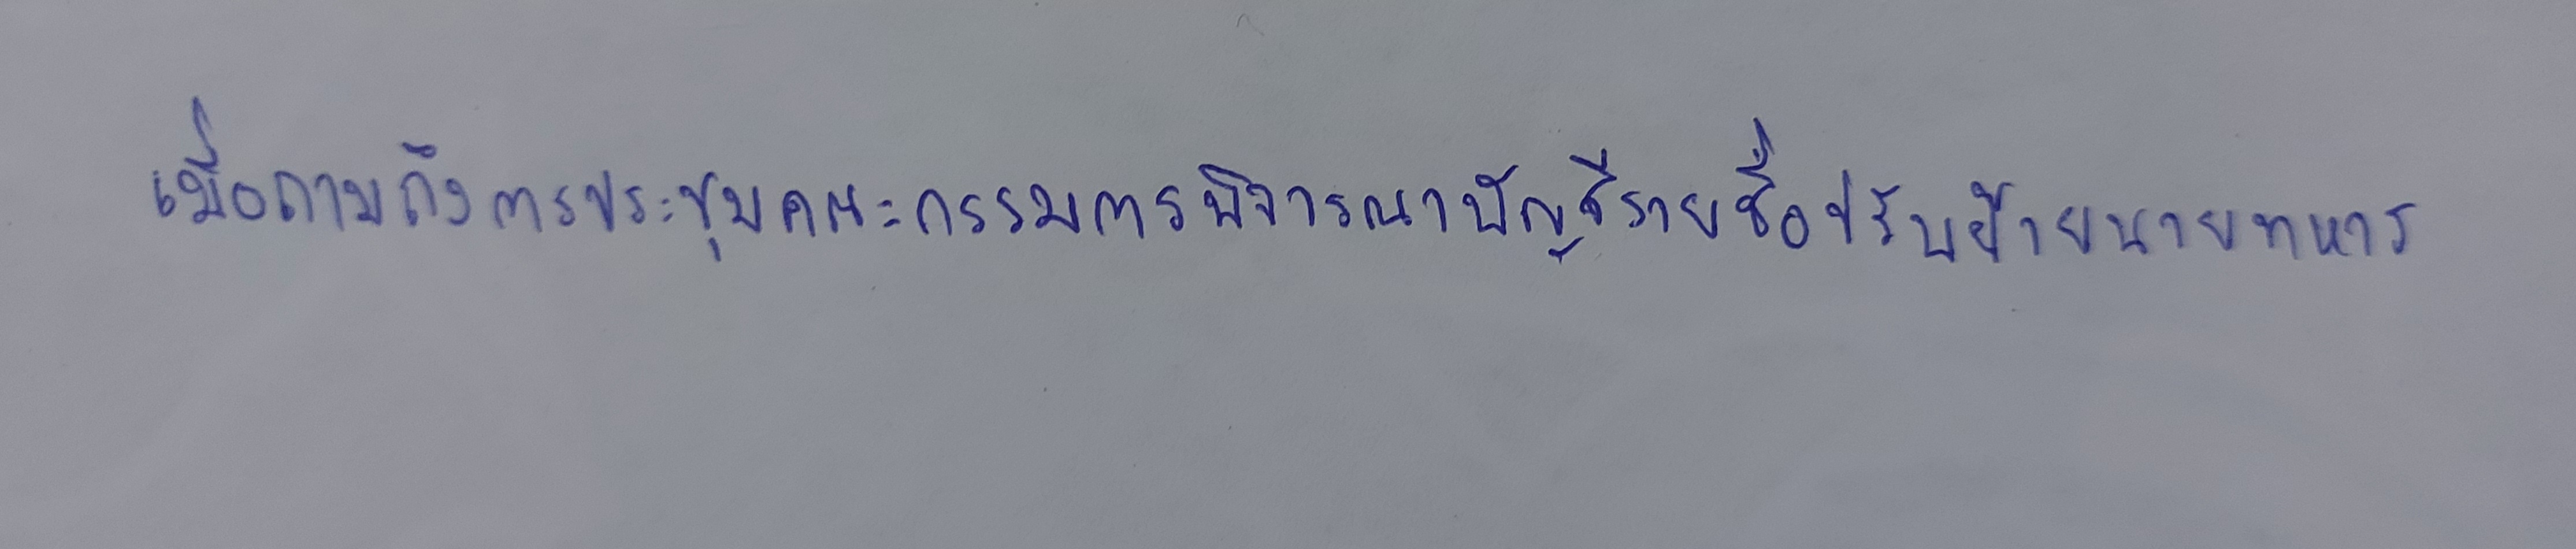
เมื่อถามถึงการประชุมคณะกรรมการพิจารณาบัญชีรายชื่อปรับย้ายนายทหาร